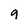
Character: g